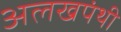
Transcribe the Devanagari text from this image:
अलखपंथी